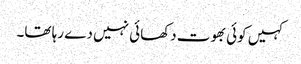
کہیں کوئی بھوت دکھائی نہیں دے رہا تھا۔